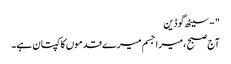
" - سیٹھ گوڈین
آج صبح ، میرا جسم میرے قدموں کا کپتان ہے۔